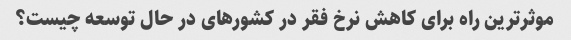
موثرترین راه برای کاهش نرخ فقر در کشورهای در حال توسعه چیست؟